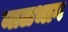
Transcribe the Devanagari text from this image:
माळभाग